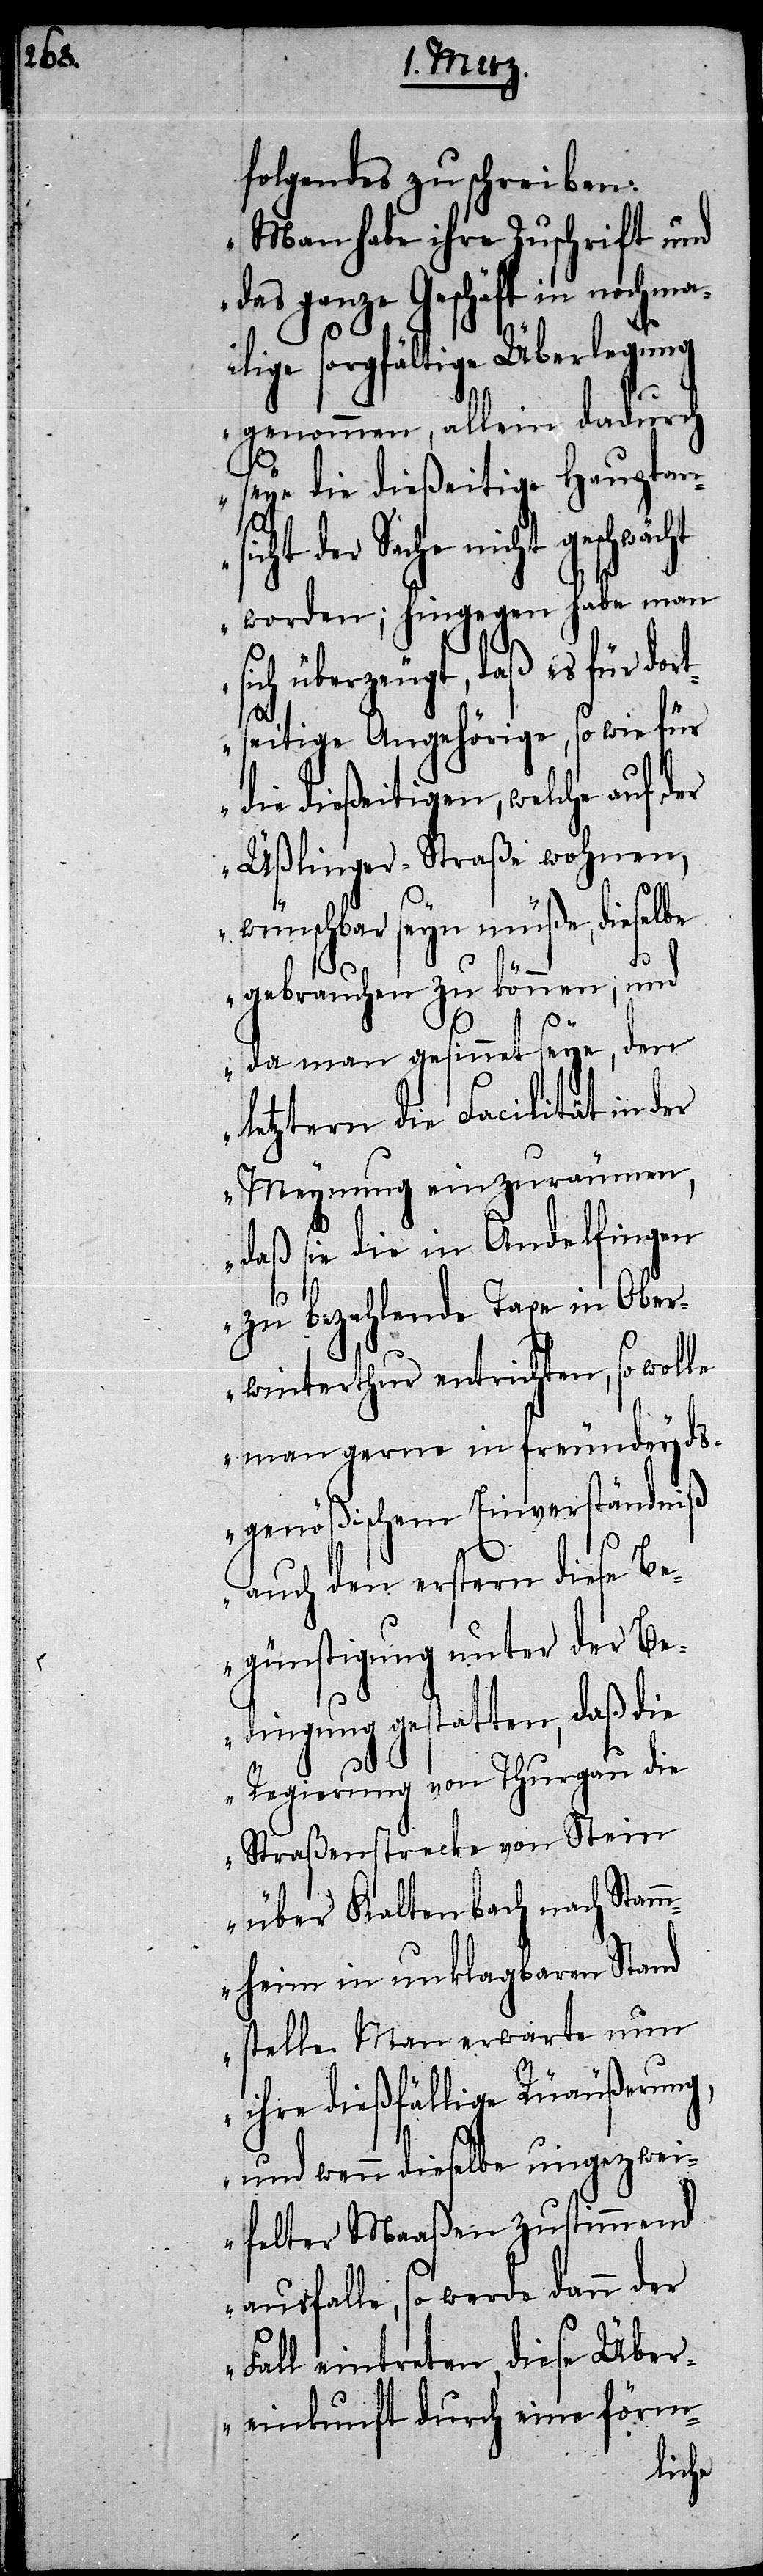
folgendes zu schreiben:
„Man habe ihre Zuschrift und
das ganze Geschäft in nochma¬
lige sorgfältige Überlegung
genommen, allein dadurch
seye die dießeitige Hauptans¬
icht der Sache nicht
worden; hingegen habe man
ich überzeugt, daß es für do¬
seitige Angehörige, so wie für
die dießeitigen, welche auf der
Üßlinger-Straße wohnen,
wünschbar seyn müße, dieselbe
s¬
gebrauchen zu können; und
da man gesinnet seye, den
letztern die Facilität in der
Meynung einzuräumen,
daß sie die in Andelfingen
rt¬
zu bezahlende Taxe in Ober¬
winterthur entrichten, so wolle
man gerne in freundeyd¬
sgenößischem Einverständniß
auch den erstern diese Be¬
günstigung unter der Be¬
dingung gestatten, daß die
Regierung von Thurgau die
Straßenstrecke von Stein
über Kaltenbach nach Stam¬
mheim in unklagbaren Stand
stelle. Man erwarte nun
ihre dießfällige Rü[ck]äußerun¬
g, und wenn dieselbe ungezwei¬
felter Maaßen zustimmend
ausfalle, so werde dann der
Fall eintreten, diese Über¬
einkunft durch eine förm-